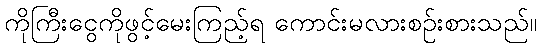
ကိုကြီးငွေကိုဖွင့်မေးကြည့်ရ ကောင်းမလားစဉ်းစားသည်။